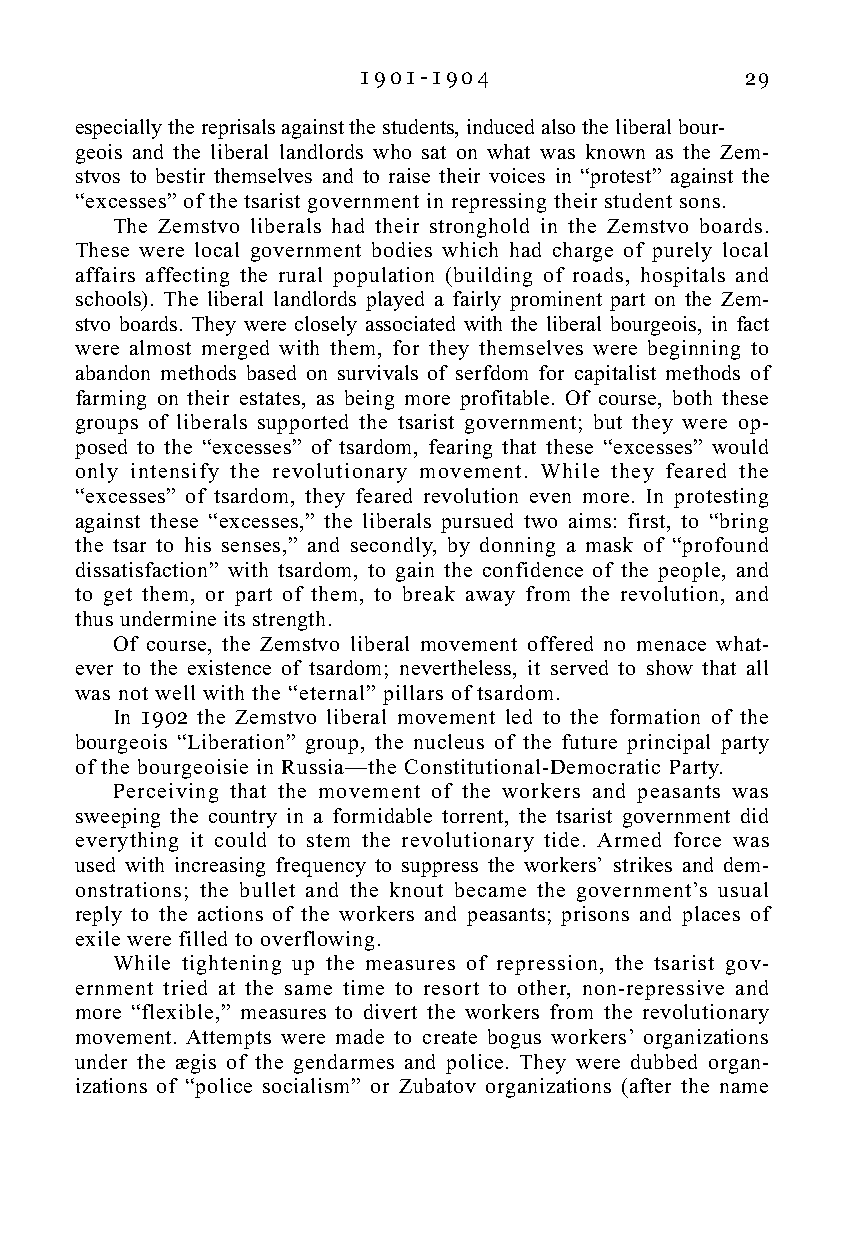
1 9 0 1 - 1 9 0 4        29
 especially the reprisals against the students, induced also the liberal bour-
 geois and the liberal landlords who sat on what was known as the Zem-
 stvos to bestir themselves and to raise their voices in “protest” against the
 “excesses” of the tsarist government in repressing their student sons.
 The Zemstvo liberals had their stronghold in the Zemstvo boards.
 These were local government bodies which had charge of purely local
 affairs affecting the rural population (building of roads, hospitals and
 schools). The liberal landlords played a fairly prominent part on the Zem-
 stvo boards. They were closely associated with the liberal bourgeois, in fact
 were almost merged with them, for they themselves were beginning to
 abandon methods based on survivals of serfdom for capitalist methods of
 farming on their estates, as being more profitable. Of course, both these
 groups of liberals supported the tsarist government; but they were op-
 posed to the “excesses” of tsardom, fearing that these “excesses” would
 only intensify the revolutionary movement. While they feared the
 “excesses” of tsardom, they feared revolution even more. In protesting
 against these “excesses,” the liberals pursued two aims: first, to “bring
 the tsar to his senses,” and secondly, by donning a mask of “profound
 dissatisfaction” with tsardom, to gain the confidence of the people, and
 to get them, or part of them, to break away from the revolution, and
 thus undermine its strength.
 Of course, the Zemstvo liberal movement offered no menace what-
 ever to the existence of tsardom; nevertheless, it served to show that all
 was not well with the “eternal” pillars of tsardom.
 In 1902 the Zemstvo liberal movement led to the formation of the
 bourgeois “Liberation” group, the nucleus of the future principal party
 of the bourgeoisie in Russia—the Constitutional-Democratic Party.
 Perceiving that the movement of the workers and peasants was
 sweeping the country in a formidable torrent, the tsarist government did
 everything it could to stem the revolutionary tide. Armed force was
 used with increasing frequency to suppress the workers’ strikes and dem-
 onstrations; the bullet and the knout became the government’s usual
 reply to the actions of the workers and peasants; prisons and places of
 exile were filled to overflowing.
 While tightening up the measures of repression, the tsarist gov-
 ernment tried at the same time to resort to other, non-repressive and
 more “flexible,” measures to divert the workers from the revolutionary
 movement. Attempts were made to create bogus workers’ organizations
 under the ægis of the gendarmes and police. They were dubbed organ-
 izations of “police socialism” or Zubatov organizations (after the name